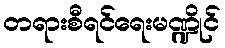
တရားစီရင်ရေးမဏ္ဍိုင်